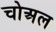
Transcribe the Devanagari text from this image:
चोअल